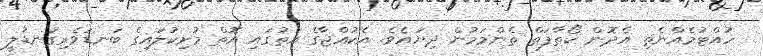
ހުއްޓުމެއްނެތި އެދޮން ކޯތާފަތް ތެންމަމުން ދިޔައެވެ. އެކުއްޖާގެ އަތުގައި އޮތް މުށިކުލައިގެ ބަނޑަވެރިގަނޑުލީ